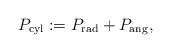
LaTeX: \begin{align*}P_{\rm cyl}:=P_{\rm rad}+P_{\rm ang},\end{align*}